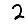
Digit: 2